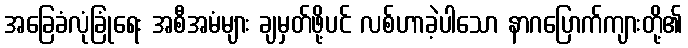
အခြေခံလုံခြုံရေး အစီအမံများ ချမှတ်ဖို့ပင် လစ်ဟာခဲ့ပါသော နာဂပြောက်ကျားတို့၏